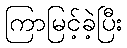
ကြာမြင့်ခဲ့ပြီး